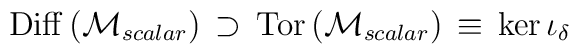
{\rm Diff}\left ( {\cal M}_{scalar}\right ) \, \supset \,\mbox{Tor} \left ({\cal M}_{scalar} \right ) \, \equiv \,\mbox{ker} \, \iota_\delta